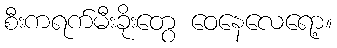
စီးကရက်မီးခိုးတွေ ဝေနေလေရော့။